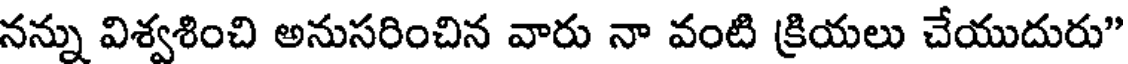
నన్ను విశ్వశించి అనుసరించిన వారు నా వంటి క్రియలు చేయుదురు"